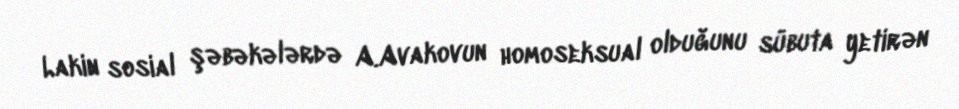
Lakin sosial şəbəkələrdə A.Avakovun homoseksual olduğunu sübuta yetirən